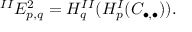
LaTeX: { } ^ { I I } E _ { p , q } ^ { 2 } = H _ { q } ^ { I I } ( H _ { p } ^ { I } ( C _ { \bullet , \bullet } ) ) .